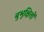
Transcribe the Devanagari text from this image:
बुभुक्षितों